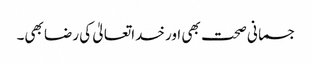
جسمانی صحت بھی اور خداتعالیٰ کی رضا بھی۔